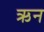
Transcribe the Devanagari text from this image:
ऋन